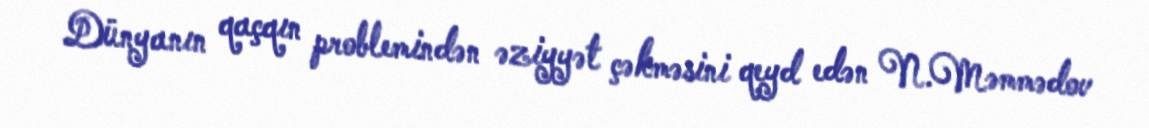
Dünyanın qaçqın problemindən əziyyət çəkməsini qeyd edən N.Məmmədov